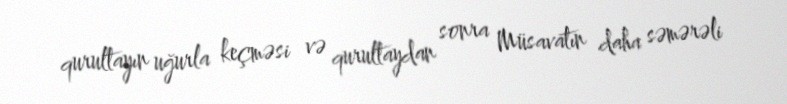
qurultayın uğurla keçməsi və qurultaydan sonra Müsavatın daha səmərəli